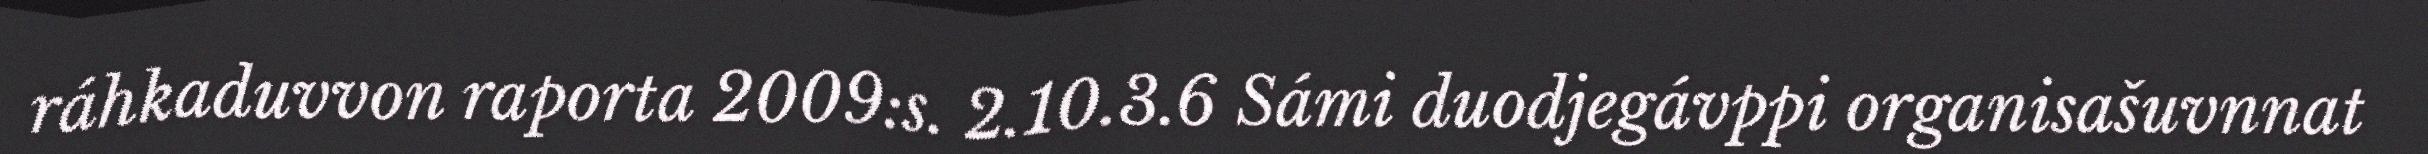
ráhkaduvvon raporta 2009:s. 2.10.3.6 Sámi duodjegávppi organisašuvnnat